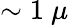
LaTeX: \sim 1~\mu